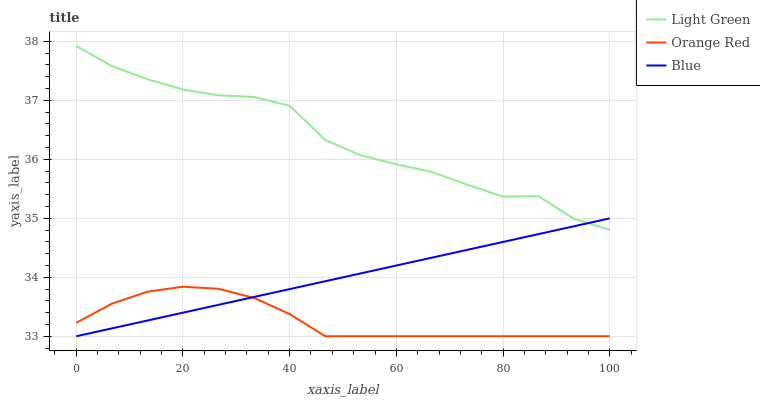
| xaxis_label | Light Green | Orange Red | Blue |
 | --- | --- | --- | --- |
 | 0 | 37.9 | 33.2 | 33 |
 | 6.67 | 37.6 | 33.6 | 33.1 |
 | 13.3 | 37.4 | 33.8 | 33.3 |
 | 20 | 37.2 | 33.8 | 33.4 |
 | 26.7 | 37.1 | 33.8 | 33.5 |
 | 33.3 | 37.1 | 33.7 | 33.7 |
 | 40 | 36.9 | 33.4 | 33.8 |
 | 46.7 | 36.3 | 33 | 33.9 |
 | 53.3 | 36.1 | 33 | 34.1 |
 | 60 | 35.9 | 33 | 34.2 |
 | 66.7 | 35.8 | 33 | 34.3 |
 | 73.3 | 35.6 | 33 | 34.5 |
 | 80 | 35.4 | 33 | 34.6 |
 | 86.7 | 35.4 | 33 | 34.7 |
 | 93.3 | 35 | 33 | 34.9 |
 | 100 | 34.8 | 33 | 35 |